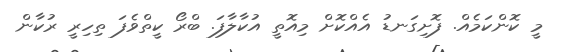
މީ ކޮންކަމެއް. ފޮށިގަނޑު އެއްކޮށް މިއޮތީ އުކާލާފަ. ބްރޯ ކީތްވެފަ ތިހިރީ ރުކާން